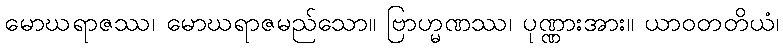
မောဃရာဇဿ၊ မောဃရာဇမည်သော။ ဗြာဟ္မဏဿ၊ ပုဏ္ဏားအား။ ယာဝတတိယံ၊